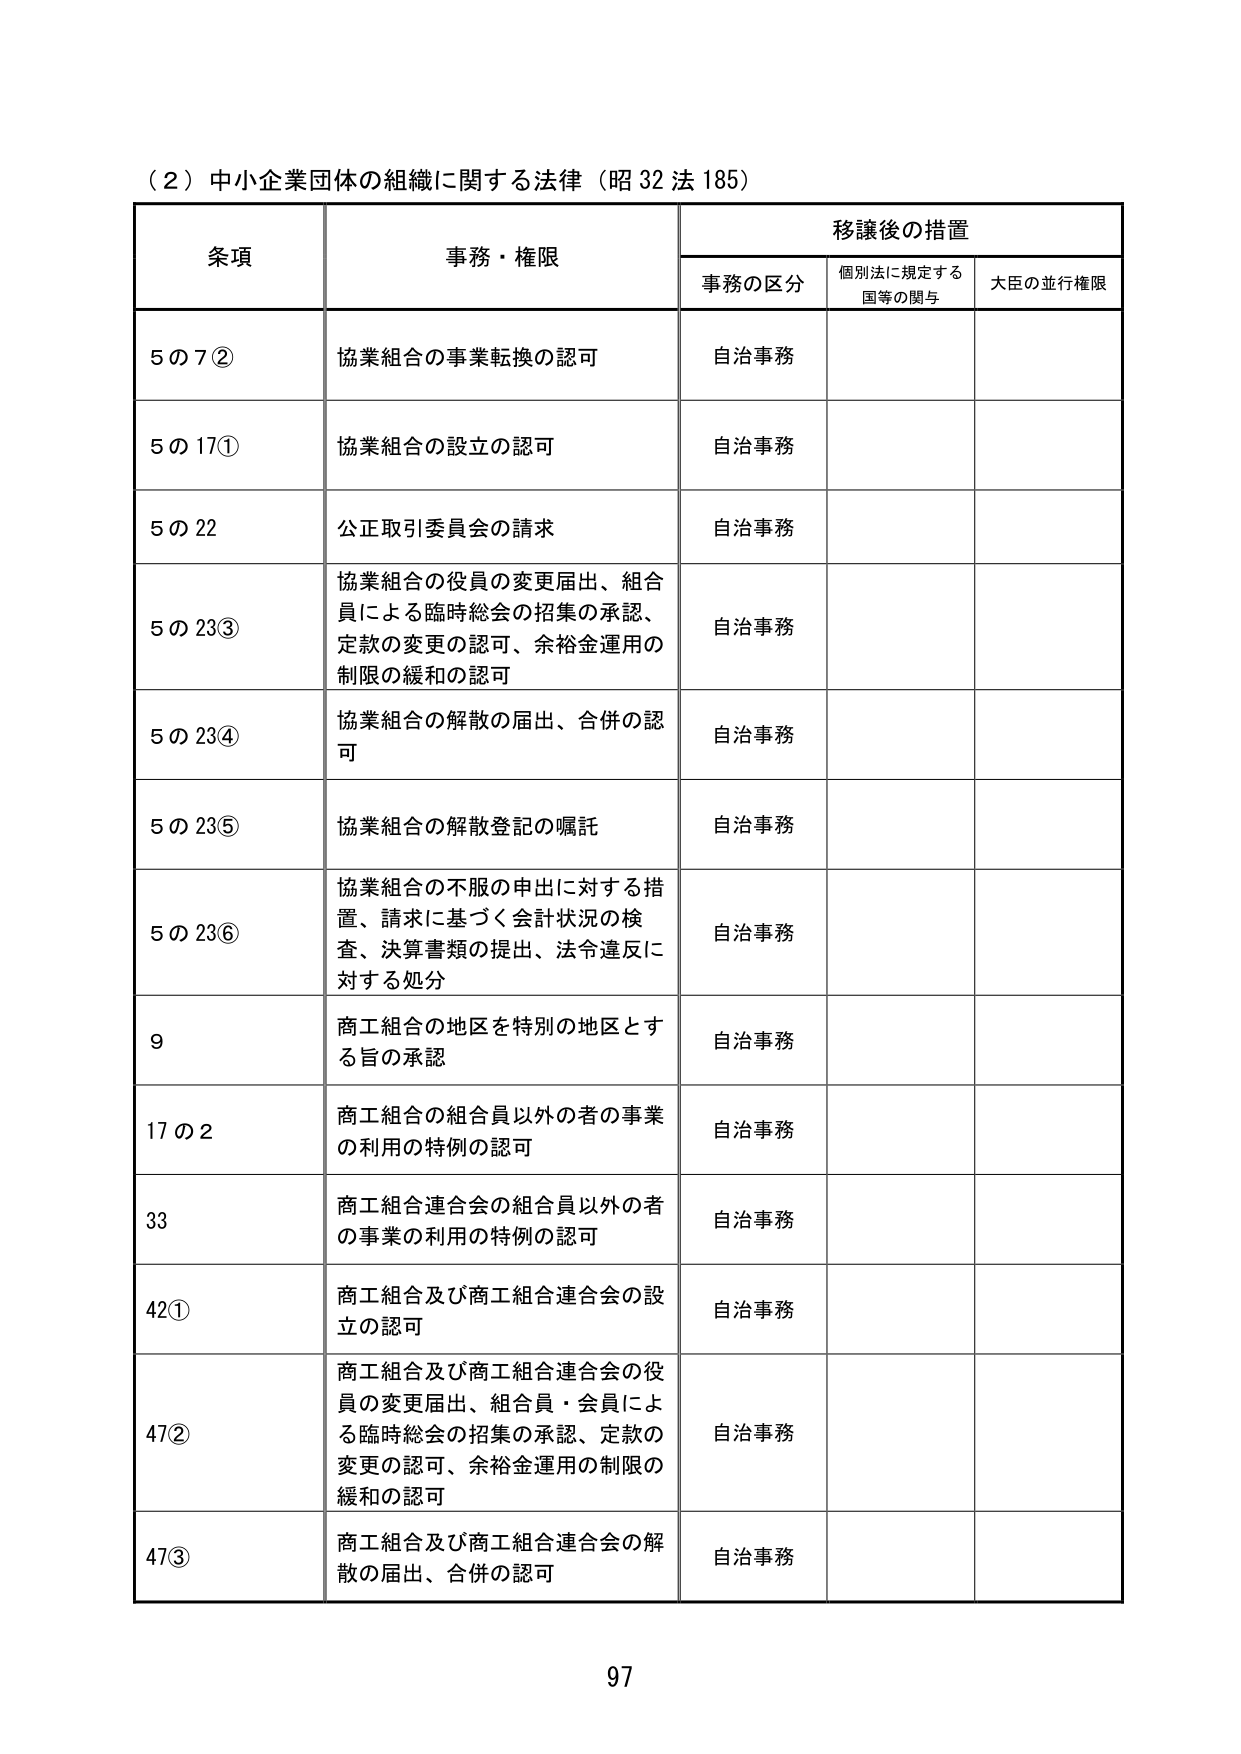
（2）中小企業団体の組織に関する法律（昭32法185）

条項  事務・権限  移譲後の措置
　　　　　　　　　　事務の区分　個別法に規定する国等の関与　大臣の並行権限

5の7②　協業組合の事業転換の認可　自治事務

5の17①　協業組合の設立の認可　自治事務

5の22　公正取引委員会の請求　自治事務

5の23③　協業組合の役員の変更届出、組合員による臨時総会の招集の承認、定款の変更の認可、余裕金運用の制限の緩和の認可　自治事務

5の23④　協業組合の解散の届出、合併の認可　自治事務

5の23⑤　協業組合の解散登記の嘱託　自治事務

5の23⑥　協業組合の不服の申出に対する措置、請求に基づく会計状況の検査、決算書類の提出、法令違反に対する処分　自治事務

9　商工組合の地区を特別の地区とする旨の承認　自治事務

17の2　商工組合の組合員以外の者の事業の利用の特例の認可　自治事務

33　商工組合連合会の組合員以外の者の事業の利用の特例の認可　自治事務

42①　商工組合及び商工組合連合会の設立の認可　自治事務

47②　商工組合及び商工組合連合会の役員の変更届出、組合員・会員による臨時総会の招集の承認、定款の変更の認可、余裕金運用の制限の緩和の認可　自治事務

47③　商工組合及び商工組合連合会の解散の届出、合併の認可　自治事務

97